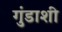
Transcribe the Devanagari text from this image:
गुंडाशी